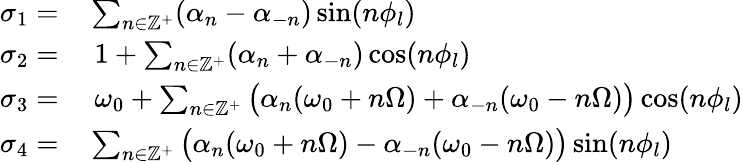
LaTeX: \begin{array}{rl}{\sigma_{1}=}&{{}\sum_{n\in\mathbb{Z}^{+}}(\alpha_{n}-\alpha_{-n})\sin(n\phi_{l})}\\ {\sigma_{2}=}&{{}\; 1+\sum_{n\in\mathbb{Z}^{+}}(\alpha_{n}+\alpha_{-n})\cos(n\phi_{l})}\\ {\sigma_{3}=}&{{}\; \omega_{0}+\sum_{n\in\mathbb{Z}^{+}}\big(\alpha_{n}(\omega_{0}+n\Omega)+\alpha_{-n}(\omega_{0}-n\Omega)\big)\cos(n\phi_{l})}\\ {\sigma_{4}=}&{{}\sum_{n\in\mathbb{Z}^{+}}\big(\alpha_{n}(\omega_{0}+n\Omega)-\alpha_{-n}(\omega_{0}-n\Omega)\big)\sin(n\phi_{l})}\end{array}